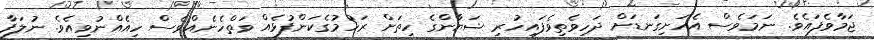
ޖަމާވެފައެވެ. ނަމަވެސް އެހަށިގަނޑަށް ދަހިވެތިވެފައިހުރި ޝަޔާންގެ ހިތަށް ރަހުމުގެކަންފުޅެއް ވަތްހެނެއްވެސް ހިއެއްނުވިއެވެ. ނުލަފާ